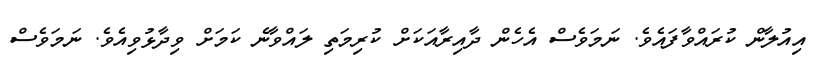
އިއުލާން ކުރައްވާފައެވެ. ނަމަވެސް އެހެން ދާއިރާއަކަށް ކުރިމަތި ލައްވާނެ ކަމަށް ވިދާޅުވިއެވެ. ނަމަވެސް